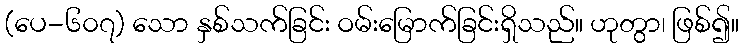
(ပေ-၆၀၇) သော နှစ်သက်ခြင်း ဝမ်းမြောက်ခြင်းရှိသည်။ ဟုတွာ၊ ဖြစ်၍။